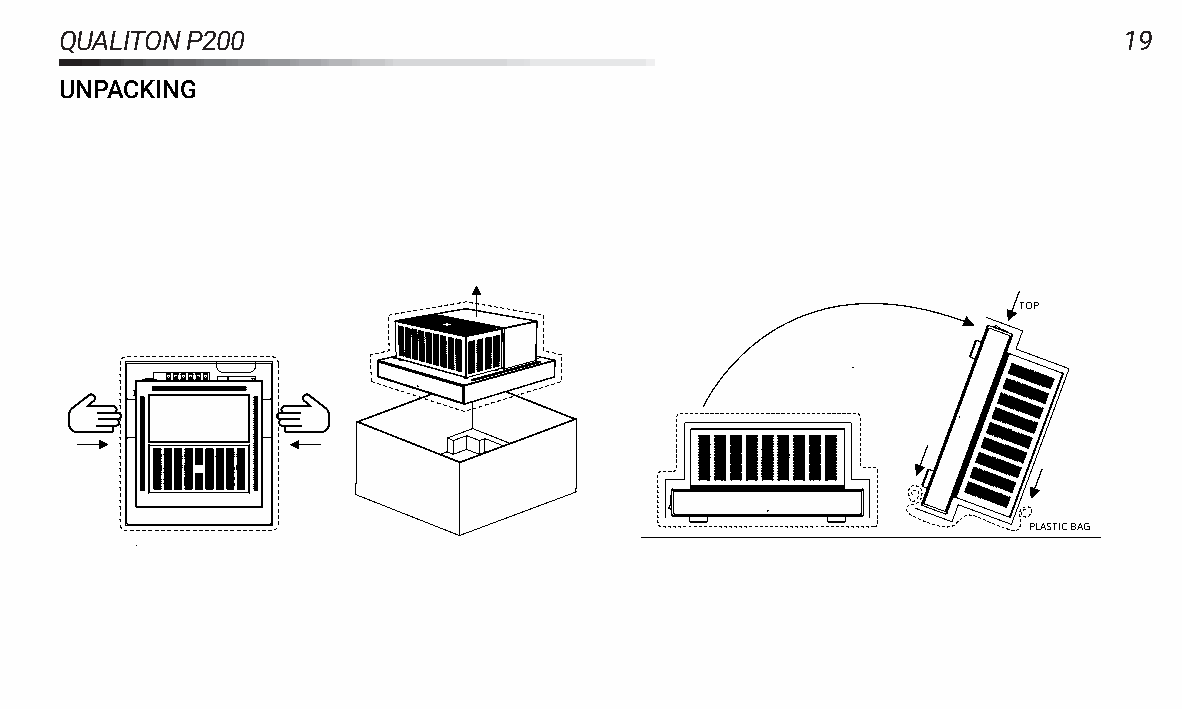
QUALITONP200                                                          19
 UNPACKING
 TOP
 PLASTICBAG